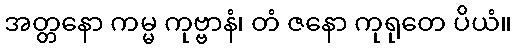
အတ္တနော ကမ္မ ကုဗ္ဗာနံ၊ တံ ဇနော ကုရုတေ ပိယံ။